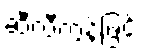
ဆီလီကွန်ဖြင့်